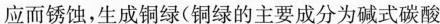
应而锈蚀，生成铜绿{铜绿的主要成分为碱式碳酸